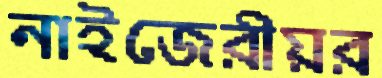
নাইজেরীয়র